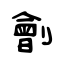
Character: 劊